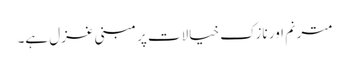
مترنم اور نازک خیالات پر مبنی غزل ہے۔